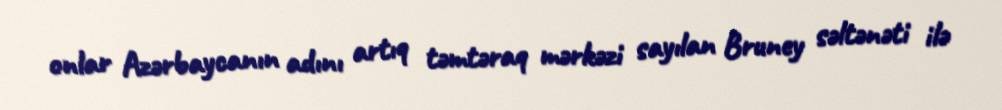
onlar Azərbaycanın adını artıq təmtəraq mərkəzi sayılan Bruney səltənəti ilə